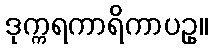
ဒုက္ကရကာရိကာပဥှ။